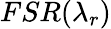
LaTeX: FSR(\lambda_{r})